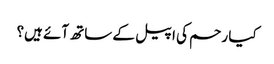
کیا رحم کی اپیل کے ساتھ آئے ہیں؟